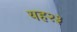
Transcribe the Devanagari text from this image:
यह२३